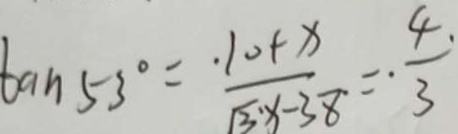
\tan 5 3 ^ { \circ } = \frac { 1 0 + x } { \sqrt { 3 } x - 3 8 } = \frac { 4 } { 3 }